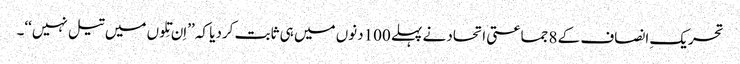
تحریکِ انصاف کے 8 جماعتی اتحاد نے پہلے 100دنوں میں ہی ثابت کردیا کہ ’’اِن تِلوں میں تیل نہیں‘‘۔